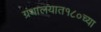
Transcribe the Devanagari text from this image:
ग्रंथालयात१८०च्या